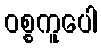
ဝစ္စကူပေါ